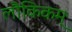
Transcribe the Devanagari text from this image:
लौकिकम्